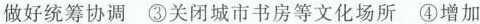
做好统筹协调③关闭城市书房等文化场所④增加